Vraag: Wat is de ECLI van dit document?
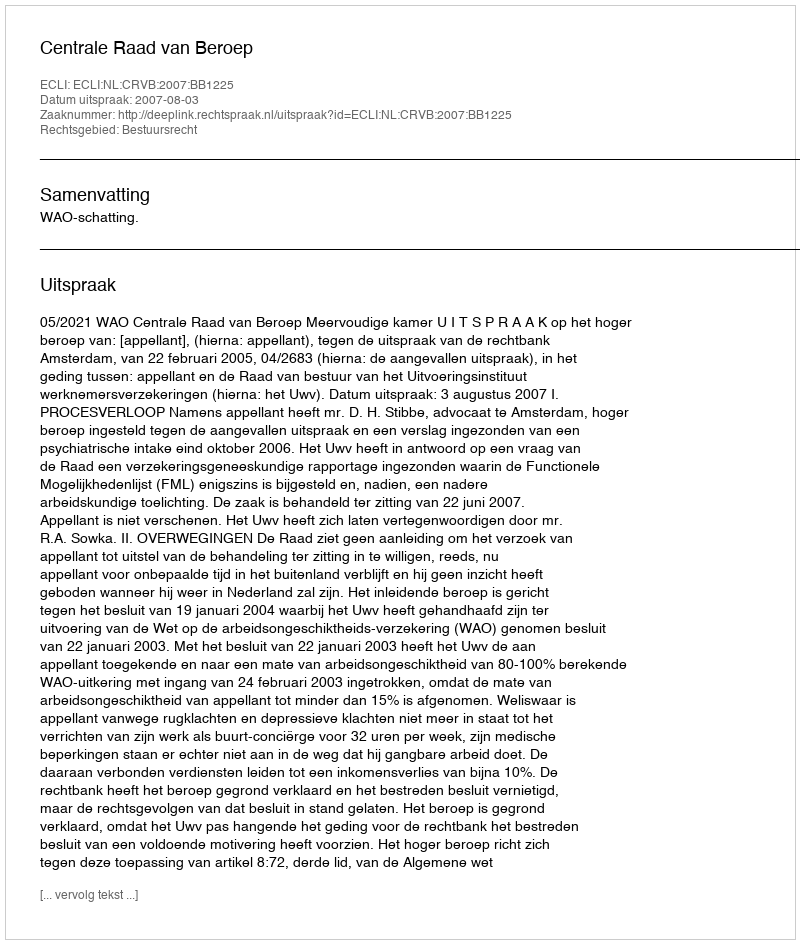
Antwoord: ECLI:NL:CRVB:2007:BB1225